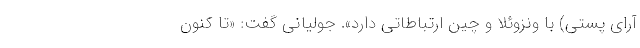
آرای پستی) با ونزوئلا و چین ارتباطاتی دارد». جولیانی گفت: «تا کنون